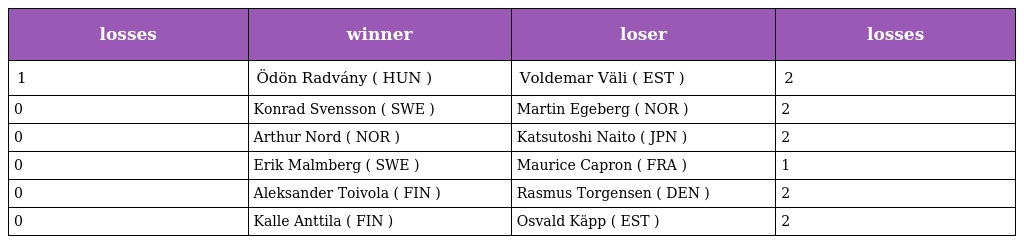
| losses | winner | loser | losses |
 | --- | --- | --- | --- |
 | 1 | Ödön Radvány ( HUN ) | Voldemar Väli ( EST ) | 2 |
 | 0 | Konrad Svensson ( SWE ) | Martin Egeberg ( NOR ) | 2 |
 | 0 | Arthur Nord ( NOR ) | Katsutoshi Naito ( JPN ) | 2 |
 | 0 | Erik Malmberg ( SWE ) | Maurice Capron ( FRA ) | 1 |
 | 0 | Aleksander Toivola ( FIN ) | Rasmus Torgensen ( DEN ) | 2 |
 | 0 | Kalle Anttila ( FIN ) | Osvald Käpp ( EST ) | 2 |